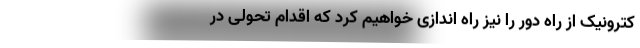
کترونیک از راه دور را نیز راه اندازی خواهیم کرد که اقدام تحولی در